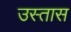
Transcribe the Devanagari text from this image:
उस्तास